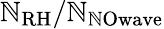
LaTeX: \mathbb{N}_{\mathrm{{RH}}}/\mathbb{N}_{\mathrm{{\mathbb{N}Owave}}}